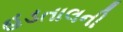
હડતાલની